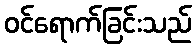
ဝင်ရောက်ခြင်းသည်